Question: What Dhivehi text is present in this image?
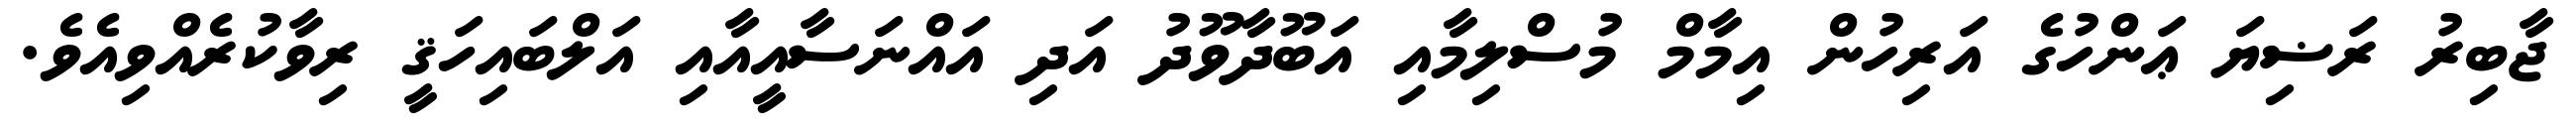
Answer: ޖާބިރު ރަޟިޔަ ޢަންހުގެ އަރިހުން އިމާމް މުސްލިމާއި އަބޫދާވޫދު އަދި އައްނަސާއީއާއި އަލްބައިހަޤީ ރިވާކުރެއްވިއެވެ.